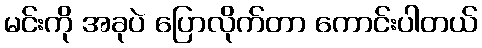
မင်းကို အခုပဲ ပြောလိုက်တာ ကောင်းပါတယ်